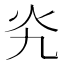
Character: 㶢